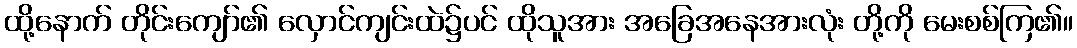
ထို့နောက် တိုင်းကျော်၏ လှောင်ကျင်းထဲ၌ပင် ထိုသူအား အခြေအနေအားလုံး တို့ကို မေးစစ်ကြ၏။